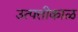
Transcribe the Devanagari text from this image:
उत्पत्तीकाळ